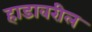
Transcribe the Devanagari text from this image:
हाडावरील